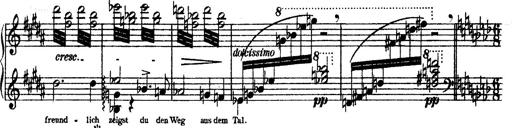
Title: O du mein holder Abendstern
Composer: Franz Liszt